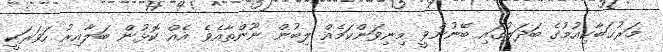
މަރުޙަބާކިއުމުގެ ބަދަލުގައި ބޭނުންވީ މިނިވަންކަމެއް ލިބުން ނޫންތާއެވެ އެއް ކޮޅުން ބަލާއިރު ހަވަރަކީ